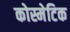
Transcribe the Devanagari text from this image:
कोस्मेटिक